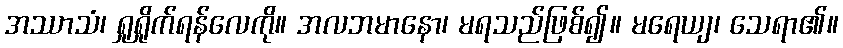
အဿာသံ၊ ရှုရှိုက်ရန်လေကို။ အလဘမာနော၊ မရသည်ဖြစ်၍။ မရေယျ၊ သေရာ၏။